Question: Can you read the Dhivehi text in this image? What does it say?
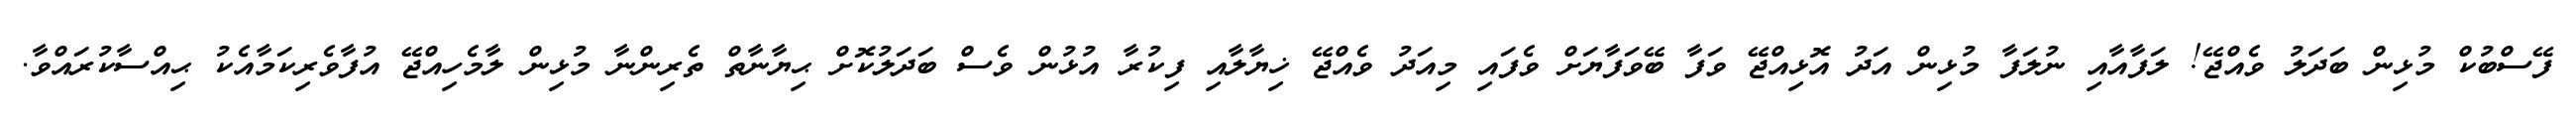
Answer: ފޭސްބުކް މުޅިން ބަދަލު ވެއްޖޭ! ލަފާއާއި ނުލަފާ މުޅިން އަދު އޮޅިއްޖޭ ވަފާ ބޭވަފާޔަށް ވެފައި މިއަދު ވެއްޖޭ ޚިޔާލާއި ފިކުރާ އުޅުން ވެސް ބަދަލުކޮށް ޙިޔާނާތް ތެރިންނާ މުޅިން ލާމެހިއްޖޭ އުފާވެރިކަމާއެކު ޙިއްސާކުރައްވާ.